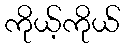
ကိုယ့်ကိုယ်